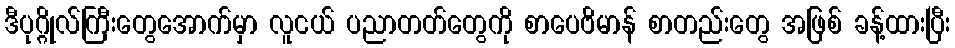
ဒီပုဂ္ဂိုလ်ကြီးတွေအောက်မှာ လူငယ် ပညာတတ်တွေကို စာပေဗိမာန် စာတည်းတွေ အဖြစ် ခန့်ထားပြီး